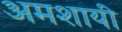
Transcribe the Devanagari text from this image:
अमशायी